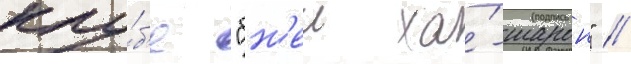
клу́б'е "бн'еи ха́-шарон" /